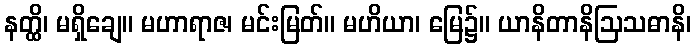
နတ္ထိ၊ မရှိချေ။ မဟာရာဇ၊ မင်းမြတ်။ မဟိယာ၊ မြေ၌။ ယာနိတာနိဩသဓာနိ၊